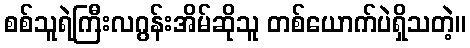
စစ်သူရဲကြီးလဂွန်းအိမ်ဆိုသူ တစ်ယောက်ပဲရှိသတဲ့။